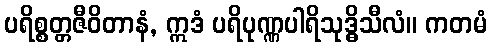
ပရိစ္စတ္တဇီဝိတာနံ, ဣဒံ ပရိပုဏ္ဏပါရိသုဒ္ဓိသီလံ။ ကတမံ